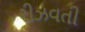
રીઝવતી